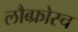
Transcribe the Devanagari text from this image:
लौब्फ्रोस्च